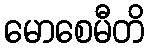
မောစေမီတိ